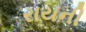
રાયની